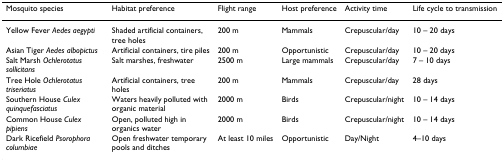
| Mosquito species | Habitat preference | Flight range | Host preference | Activity time | Life cycle to transmission |
 | --- | --- | --- | --- | --- | --- |
 | Yellow Fever Aedes aegypti | Shaded artificial containers, tree holes | 200 m | Mammals | Crepuscular/day | 10 – 20 days |
 | Asian Tiger Aedes albopictus | Artificial containers, tire piles | 200 m | Opportunistic | Crepuscular/day | 10 – 20 days |
 | Salt Marsh Ochlerotatus sollicitans | Salt marshes, freshwater | 2500 m | Large mammals | Crepuscular/day | 7 – 10 days |
 | Tree Hole Ochlerotatus triseriatus | Artificial containers, tree holes | 200 m | Mammals | Crepuscular/day | 28 days |
 | Southern House Culex quinquefasciatus | Waters heavily polluted with organic material | 2000 m | Birds | Crepuscular/night | 10 – 14 days |
 | Common House Culex pipiens | Open, polluted high in organics water | 2000 m | Birds | Crepuscular/night | 10 – 14 days |
 | Dark Ricefield Psorophora columbiae | Open freshwater temporary pools and ditches | At least 10 miles | Opportunistic | Day/Night | 4–10 days |